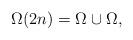
LaTeX: \begin{align*}\Omega(2n)=\Omega_{} \cup \Omega_{},\end{align*}